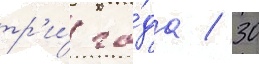
тр'и́ го́да / 30